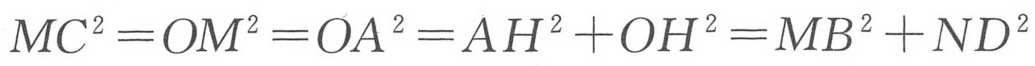
\(MC^{2}=OM^{2}=OA^{2}=AH^{2}+OH^{2}=MB^{2}+ND^{2}\)